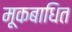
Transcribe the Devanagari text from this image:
मूकबाधित